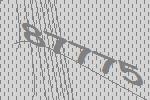
87775